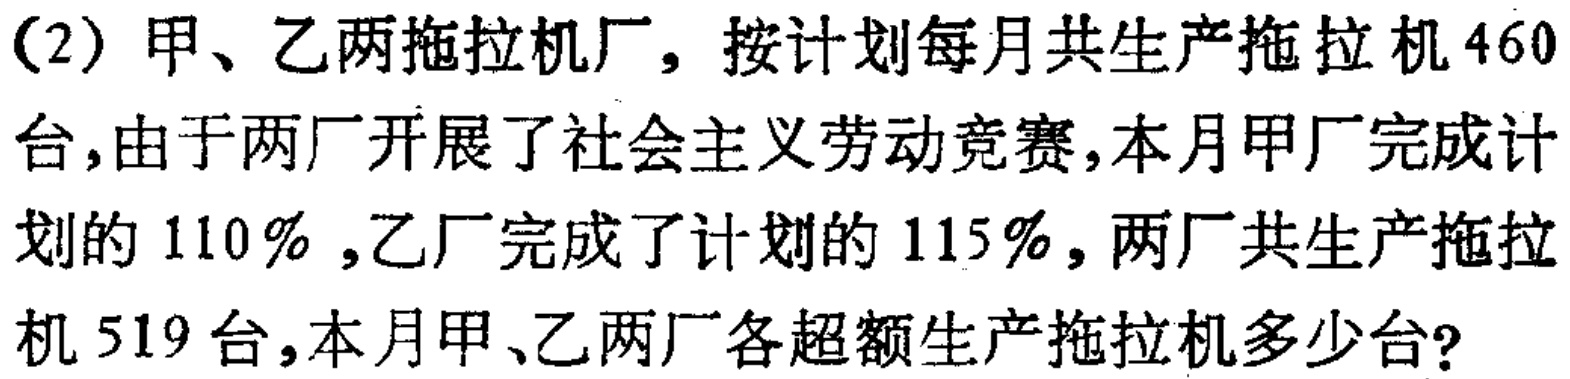
(2) 甲、乙两拖拉机厂，按计划每月共生产拖拉机$460$台，由于两厂开展了社会主义劳动竞赛，本月甲厂完成计划的$110\%$，乙厂完成了计划的$115\%$，两厂共生产拖拉机$519$台，本月甲、乙两厂各超额生产拖拉机多少台？